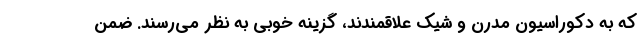
که به دکوراسیون مدرن و شیک علاقمندند، گزینه خوبی به نظر می‌رسند. ضمن